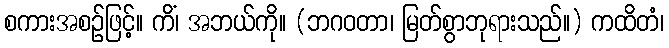
စကားအစဉ်ဖြင့်။ ကိံ၊ အဘယ်ကို။ (ဘဂဝတာ၊ မြတ်စွာဘုရားသည်။) ကထိတံ၊